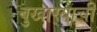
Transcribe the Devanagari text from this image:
बुखार्‍याची